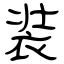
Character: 装